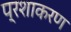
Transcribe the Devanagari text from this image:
प्रशाकरण